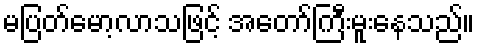
မပြတ်မော့လာသဖြင့် အတော်ကြီးမူးနေသည်။